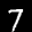
Label: 7